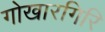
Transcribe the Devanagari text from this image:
गोखारगिरि